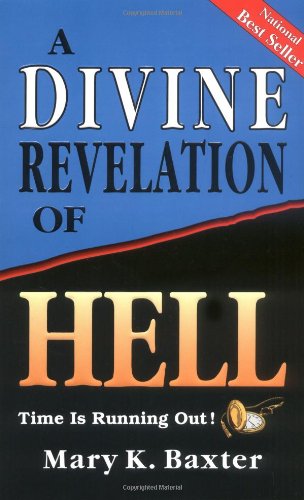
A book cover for A Divine Revelation Of Hell; Mary Baxter; Christian Books & Bibles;